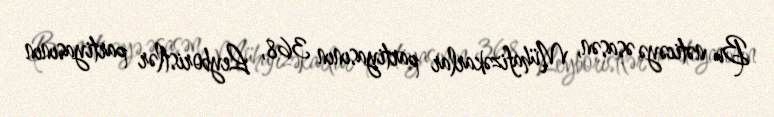
Bu nəticəyə əsasən, Mühafizəkarlar partiyasının 368, Leyboristlər partiyasının